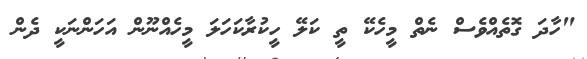
"ހާދަ ގޮތެއްވެސް ނެތް މީހެކޭ ތީ ކަލޭ ހީކުރާކަހަލަ މީހެއްނޫން އަހަންނަކީ ދެން